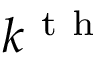
k ^ { \mathrm { ~ t ~ h ~ } }